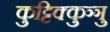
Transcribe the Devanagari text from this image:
कुट्टिक्कुञ्ञु